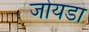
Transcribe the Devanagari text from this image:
जोयडा